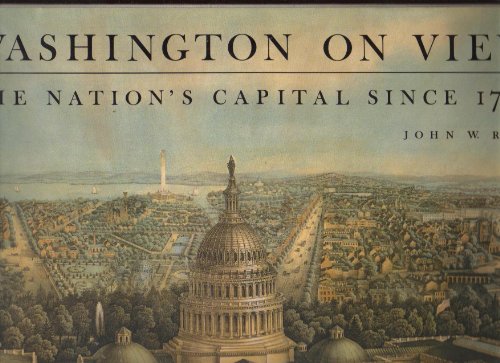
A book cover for Washington on View: The Nation's Capital Since 1790; John W. Reps; Travel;